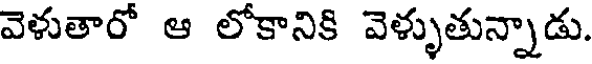
వెళుతారో ఆ లోకానికి వెళ్ళుతున్నాడు.